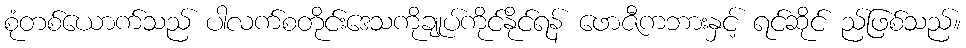
စုံတစ်ယောက်သည် ပါလက်စတိုင်းဒေသကိုချုပ်ကိုင်နိုင်ရန် ဖောဇီကဘားနှင့် ရင်ဆိုင် ည်ဖြစ်သည်။